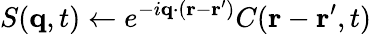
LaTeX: S(\mathbf{q},t)\gets e^{-i\mathbf{q}\cdot(\mathbf{r}-\mathbf{r^{\prime}})}C(\mathbf{r}-\mathbf{r^{\prime}},t)